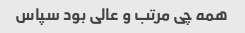
همه چی مرتب و عالی بود سپاس